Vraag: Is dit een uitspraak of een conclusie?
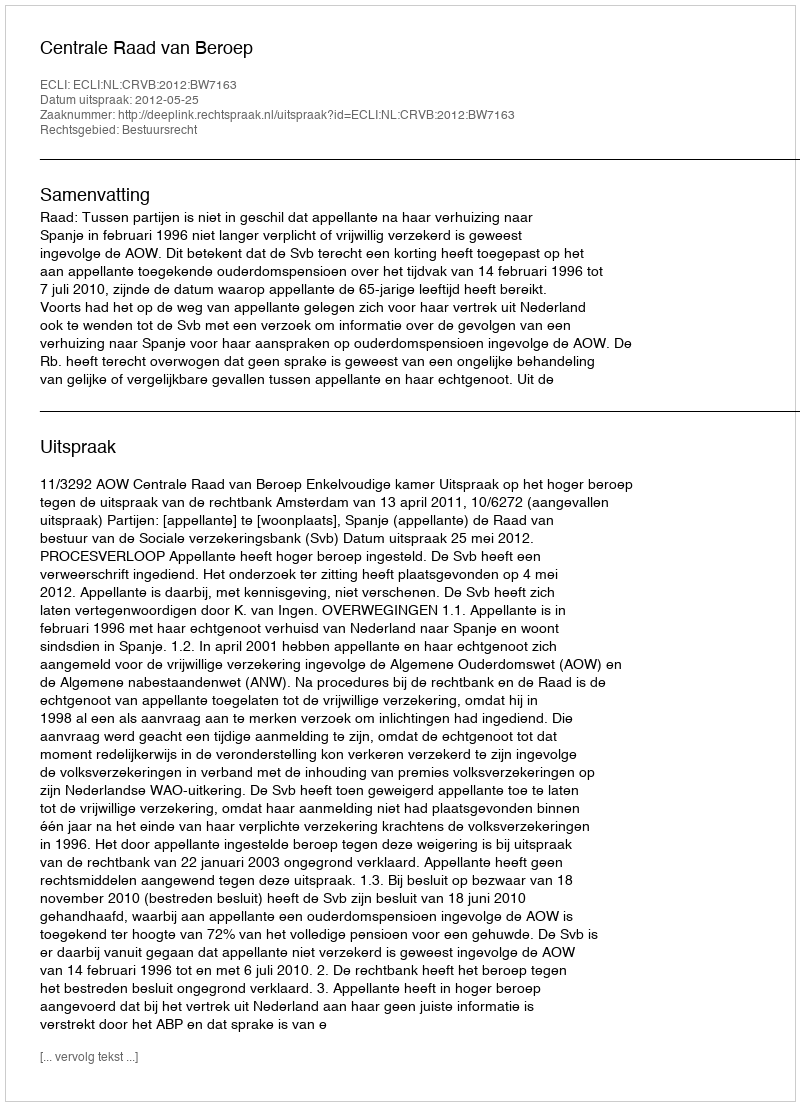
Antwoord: Uitspraak